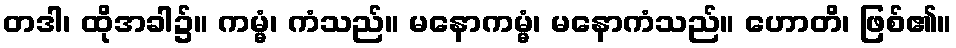
တဒါ၊ ထိုအခါ၌။ ကမ္မံ၊ ကံသည်။ မနောကမ္မံ၊ မနောကံသည်။ ဟောတိ၊ ဖြစ်၏။